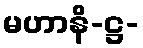
မဟာနိ-ဋ္ဌ-